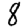
Digit: 8